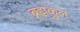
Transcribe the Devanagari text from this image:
ब्रह्मकुल